Report on sanitation, dispensaries, and jails in Rajputana for 1919, and on vaccination for the year 1919-1920 - 1919-1920
Year: 1919
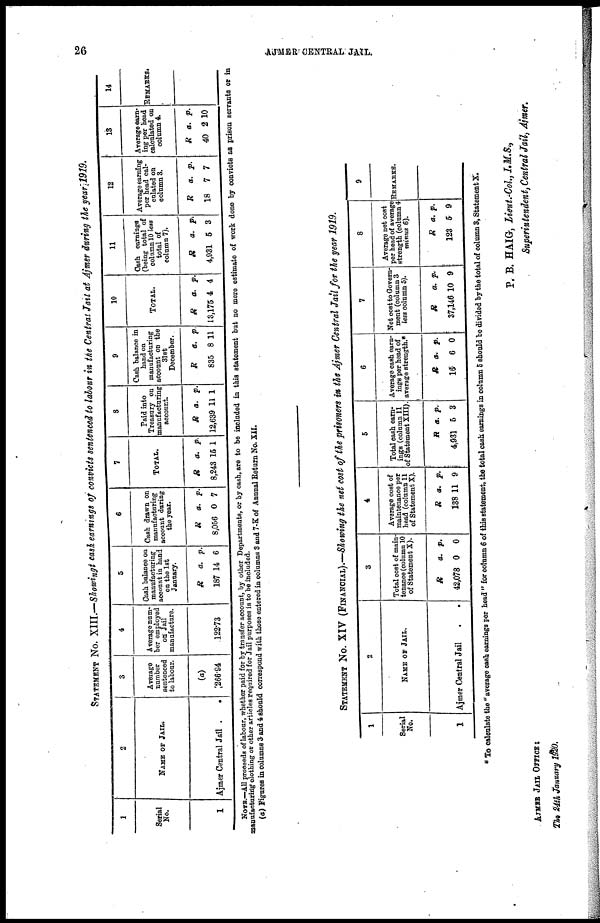
26
AJMER CENTRAL JAIL.
STATEMENT No. XIII.—Showing cash earnings of convicts sentenced to labour in the Central Jail at Ajmer during the year 1919.
1
Serial
No.
1
2
NAME OF JAIL.
Ajmer Central Jail
.
.
3
Average
number
sentenced
to labour.
(a)
266.94
4
Average num-
ber employed
on Jail
manufacture.
122.73
5
Cash balance on
manufacturing
account in hand
on the 1st
January.
R
187
a.
14
p.
6
6
Cash drawn on
manufacturing
account during
the year.
R
8,056
a.
0
p.
7
7
TOTAL.
R
8,243
a.
15
p.
1
8
Paid into
Treasury on
manufacturing
account.
R
12,639
a.
11
p.
1
9
Cash balance in
hand on
manufacturing
account on the
31st
December.
R
835
a.
8
p.
11
10
TOTAL.
R
13,175
a.
4
p.
4
11
Cash earnings
(being total of
column 10 ten
total of
column 7).
R
4,931
a.
5
p.
3
12
Average earning
per head cal-
culated on
column 3.
R
18
a.
7
p.
7
13
Average earn-
ing per head
calculated on
column 4.
R
40
a.
2
p.
10
14
REMARKS.
NOTE.—All proceeds of labour, whether paid for by transfer account, by other Departments, or by cash, are to be included in this statement but no mere estimate of work done by convicts as prison servants or in
manufacturing clothing or other articles required for Jail purposes is to be included.
(a) Figures in columns 3 and 4 should correspond with those entered in columns 3 and 7-K of Annual Return No. XII.
STATEMENT No. XIV (FINANCIAL).—Showing the net cost of the prisoners in the Ajmer Central Jail for the year 1919.
1
Serial
No.
1
2
NAME OF JAIL.
Ajmer Central Jail
.
.
3
Total cost of main-
tenance (column 10
of Statement X).
R
42,078
a.
0
p.
0
4
Average cost of
maintenance per
head (column 11
of Statement X).
R
138
a.
11
p.
9
5
Total cash earn-
ings (column 11
of Statement XIII).
R
4,931
a.
5
p.
3
6
Average cash earn-
ings per head of
average strength.*
R
16
a.
6
p.
0
7
Net cost to Govern-
ment (column 3
less column 5).
R
37,146
a.
10
p.
9
8
Average net cost
per head of average
strength (column 4
minus 6).
R
123
a.
5
p.
9
9
REMARKS.
* To calculate the " average cash earnings per head " for column 6 of this statement, the total cash earnings in column 5 should be divided by the total of column 3, Statement X.
AJMER JAIL OFFICE:
The 24th January 1920.
P. B. HAIG, Lieut.-Col., I.M.S.,
Superintendent, Central Jail, Ajmer.